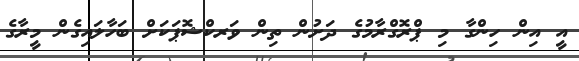
އީ އިން ހިންގާ މި ޕްރޮގްރާމުގެ ދަށުން ތިން ވަރކްޝޮޕަކަށް ބަހާލައިގެން މީރާގެ